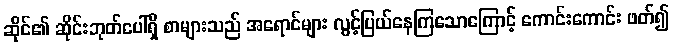
ဆိုင်၏ ဆိုင်းဘုတ်ပေါ်ရှိ စာများသည် အရောင်များ လွင့်ပြယ်နေကြသောကြောင့် ကောင်းကောင်း ဖတ်၍